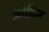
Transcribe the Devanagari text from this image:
जोक़िन